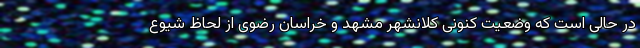
در حالی است که وضعیت کنونی کلانشهر مشهد و خراسان رضوی از لحاظ شیوع